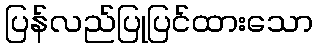
ပြန်လည်ပြုပြင်ထားသော